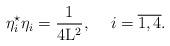
LaTeX: \begin{align*}{\eta}_i^{\star} {\eta}_i = \frac{1}{4{\rm L}^2} ,\hspace{5 mm} i=\overline{1,4}.\end{align*}